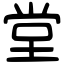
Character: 堂